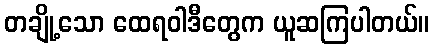
တချို့သော ထေရဝါဒီတွေက ယူဆကြပါတယ်။